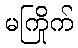
မကြိုက်